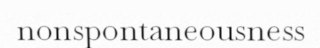
nonspontaneousness